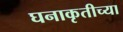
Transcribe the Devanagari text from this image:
घनाकृतीच्या